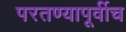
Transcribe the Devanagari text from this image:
परतण्यापूर्वीच